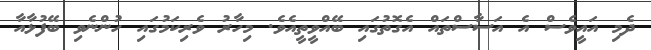
ދެމި އައީވެސް އެ އަސާސްތައް އެގޮތުގައި ބޭއްވީތީއެވެ. މިހާރު ވެރިކަމުގައި ހުންނެވި ބޭފުޅާއާ